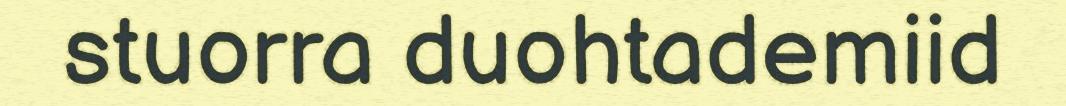
stuorra duohtademiid